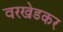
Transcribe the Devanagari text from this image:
वरखेडकर